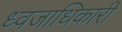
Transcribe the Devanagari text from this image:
ध्वजाधिकारी